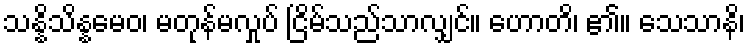
သန္နိသိန္နမေဝ၊ မတုန်မလှုပ် ငြိမ်သည်သာလျှင်။ ဟောတိ၊ ၏။ သေသာနိ၊